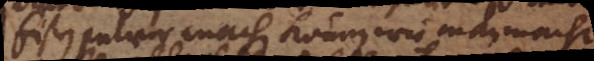
Eisen pulver machen können wie man macht